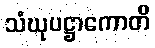
သံဃုပဋ္ဌာကောတိ